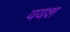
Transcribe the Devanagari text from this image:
वयश